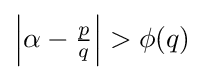
{\textstyle \left|\alpha -{\frac {p}{q}}\right|>\phi (q)}